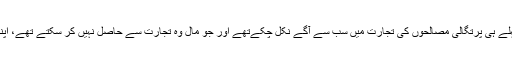
سولویں صدی کے آغاز سے پہلے ہی پرتگالی مصالحوں کی تجارت میں سب سے آگے نکل چکےتھے اور جو مال وہ تجارت سے حاصل نہیں کر سکتے تھے، اپنی طاقت سے چھین لیتے تھے۔